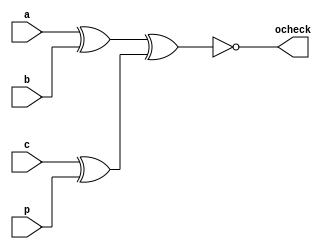
`timescale 1ns / 1ps

module Odd_checker(
    input a,b,c,p,
    output ocheck
    );
    
    assign ocheck= !((a^b)^(c^p));
endmodule